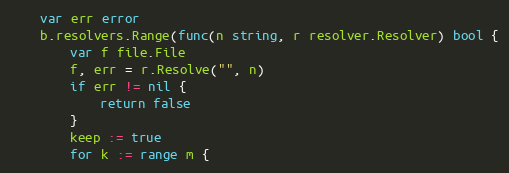
Language: Go
	var err error
	b.resolvers.Range(func(n string, r resolver.Resolver) bool {
		var f file.File
		f, err = r.Resolve("", n)
		if err != nil {
			return false
		}
		keep := true
		for k := range m {